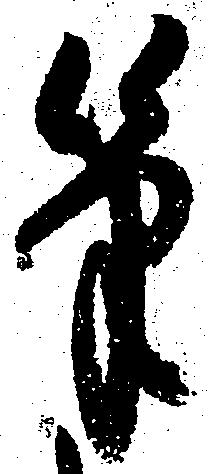
筆